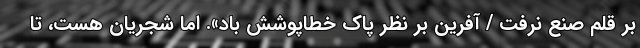
بر قلم صنع نرفت / آفرین بر نظر پاک خطاپوشش باد». اما شجریان هست، تا